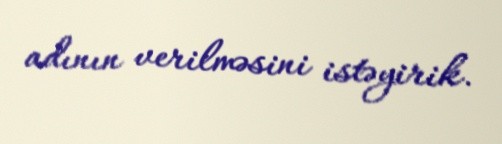
adının verilməsini istəyirik.